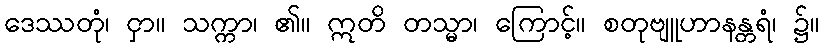
ဒေဿတုံ၊ ငှာ။ သက္ကာ၊ ၏။ ဣတိ တသ္မာ၊ ကြောင့်။ စတုဗျူဟာနန္တရံ၊ ၌။